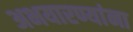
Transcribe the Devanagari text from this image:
अभयारण्यांना